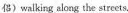
侣)walking along the streets.